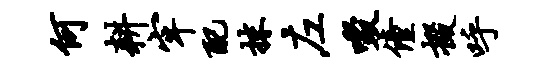
何耕牢配抹左啜僮掇呼